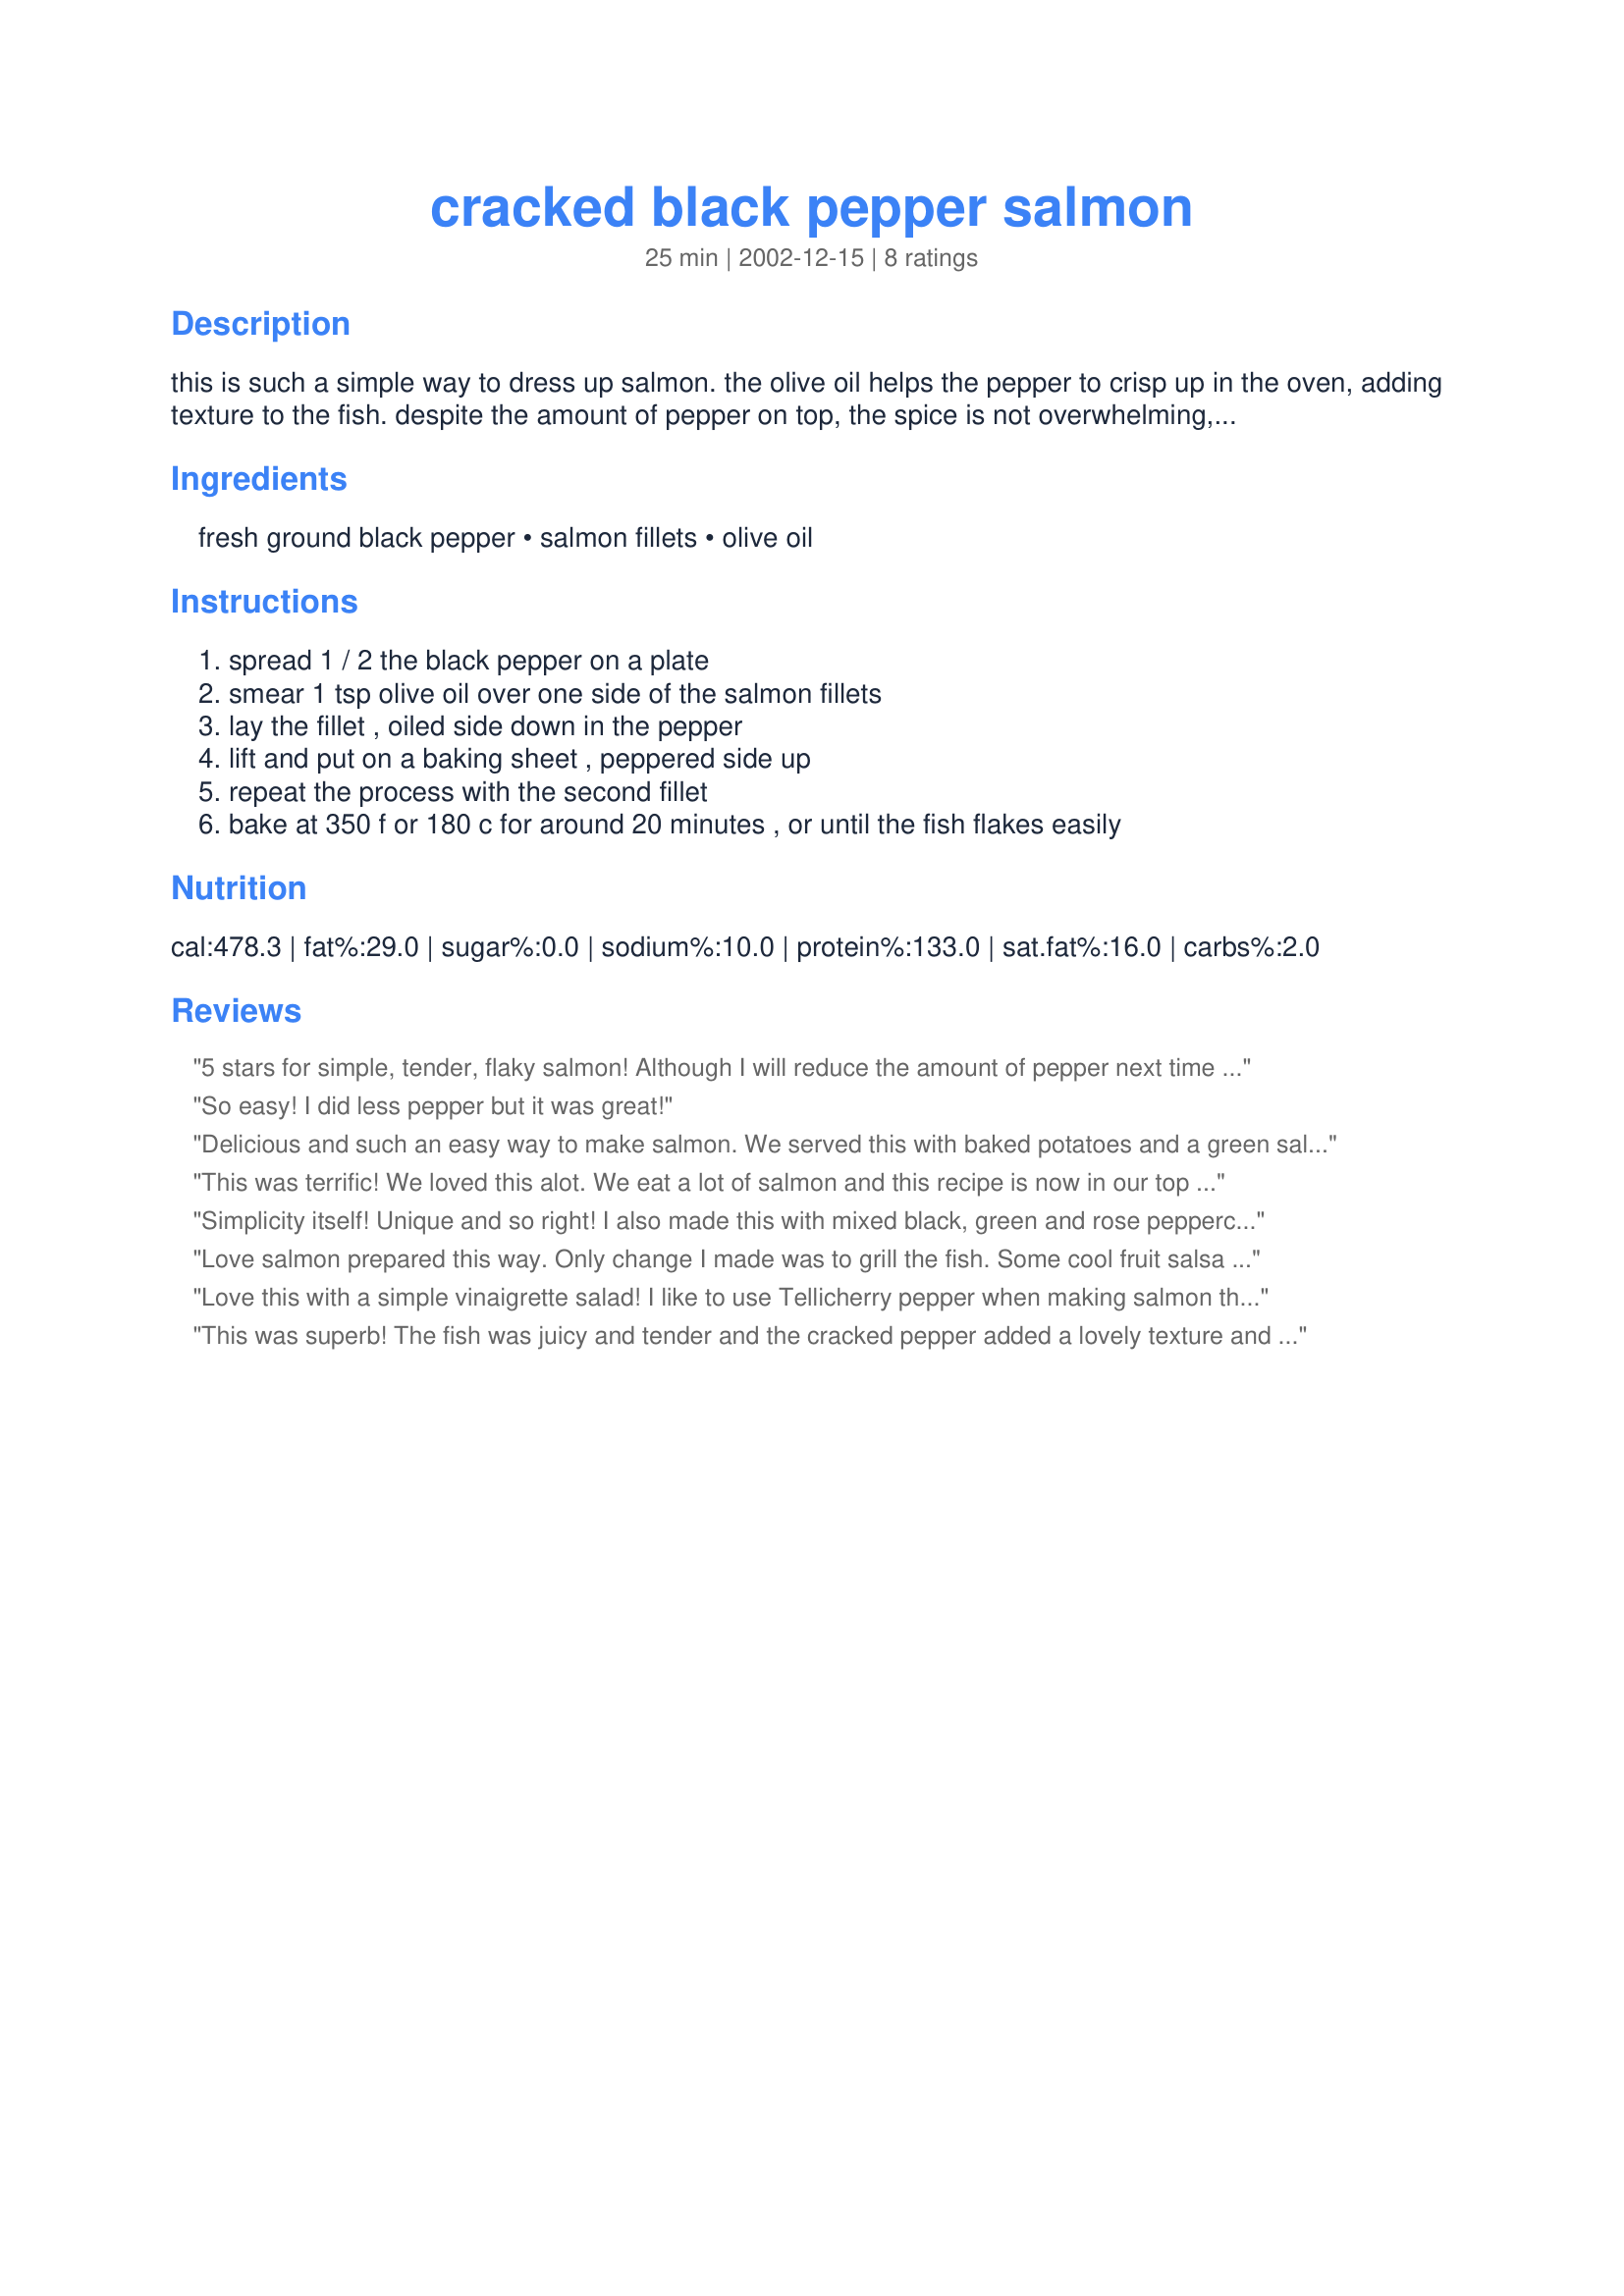
cracked black pepper salmon
Preparation time: 25 minutes

this is such a simple way to dress up salmon. the olive oil helps the pepper to crisp up in the oven, adding texture to the fish. despite the amount of pepper on top, the spice is not overwhelming, just nice. you must use freshly ground black pepper for this, which is fairly coarse, not the powdered black pepper.

Ingredients:
fresh ground black pepper, salmon fillets, olive oil

Steps:
spread 1 / 2 the black pepper on a plate, smear 1 tsp olive oil over one side of the salmon fillets, lay the fillet , oiled side down in the pepper, lift and put on a baking sheet , peppered side up, repeat the process with the second fillet, bake at 350 f or 180 c for around 20 minutes , or until the fish flakes easily

Reviews:
5 stars for simple, tender, flaky salmon! Although I will reduce the amount of pepper next time (it was just a bit too much for us), it did produce a nice "crust". This recipe couldn't be simpler. I took Daydream's advice and served with the Tartiflette - an excellent combo.
So easy! I did less pepper but it was great!
Delicious and such an easy way to make salmon. We served this with baked potatoes and a green salad for a great Friday night supper. Thanks for sharing. We will be making salmon this way often.
This was terrific! We loved this alot. We eat a lot of salmon and this recipe is now in our top 3 favorites of all time.
Simplicity itself! Unique and so right! I also made this with mixed black, green and rose peppercorns, very good also! Oh, and I have also pan fried this, just as good, the pepper crust sticks well.
Love salmon prepared this way. Only change I made was to grill the fish. Some cool fruit salsa helps to temper the pepper if it's a bit too much for you.
Love this with a simple vinaigrette salad! I like to use Tellicherry pepper when making salmon this way.
This was superb! The fish was juicy and tender and the cracked pepper added a lovely texture and a flavorsome 'bite'. I accompanied it with Tartiflette - The Indulgent Version recipe #40603, and it was a perfect foil for the richness of the potatoes. Thanks for sharing this recipe - it's great!
